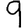
Digit: 9